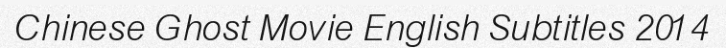
Chinese Ghost Movie English Subtitles 2014